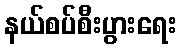
နယ်စပ်စီးပွားရေး